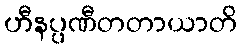
ဟီနပ္ပဏီတတာယာတိ